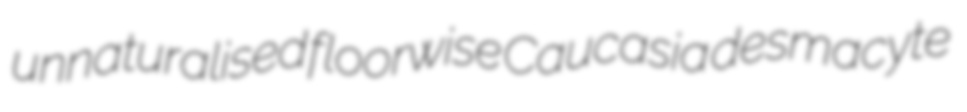
unnaturalised floorwise Caucasia desmacyte